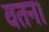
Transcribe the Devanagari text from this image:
वतन।